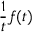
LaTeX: { \frac { 1 } { t } } f ( t )